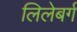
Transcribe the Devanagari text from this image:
लिलेबर्ग